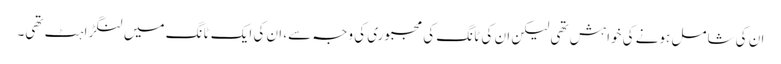
ان کی شامل ہونے کی خواہش تھی لیکن ان کی ٹانگ کی مجبوری کی وجہ سے، ان کی ایک ٹانگ میں لنگڑاہٹ تھی۔